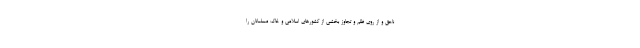
ناحق و از روی ظلم و تجاوز بخشی از کشورهای اسلامی و خاک مسلمانان را